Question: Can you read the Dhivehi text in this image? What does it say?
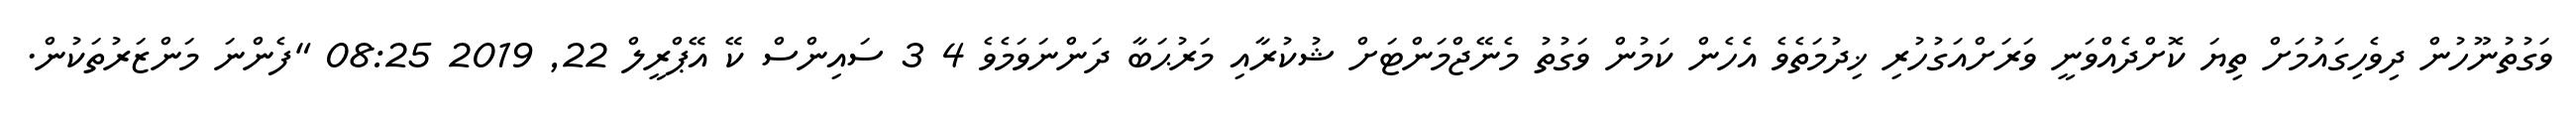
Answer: ވަގުތުނޫހުން ދިވެހިގައުމަށް ތިޔަ ކޮށްދެއްވަނީ ވަރަށްއަގުހުރި ޚިދުމަތެވެ އެހެން ކަމުން ވަގުތު މެނޭޖްމަންޓަށް ޝުކުރާއި މަރުޙަބާ ދަންނަވަމެވެ 4 3 ސައިންސް ކޭ އޭޕްރީލް 22, 2019 08:25 "ފެންނަ މަންޒަރުތަކުން.